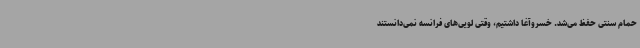
حمام سنتی حفظ می‌شد. خسروآغا داشتیم، وقتی لویی‌های فرانسه نمی‌دانستند